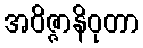
အဝိဇ္ဇာနိဝုတာ